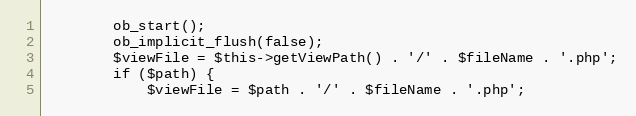
Language: PHP
        ob_start();
        ob_implicit_flush(false);
        $viewFile = $this->getViewPath() . '/' . $fileName . '.php';
        if ($path) {
            $viewFile = $path . '/' . $fileName . '.php';